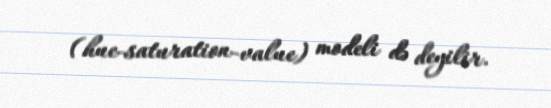
(hue-saturation-value) modeli də deyilir.